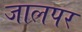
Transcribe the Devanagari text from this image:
जालपर